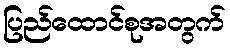
ပြည်ထောင်စုအတွက်